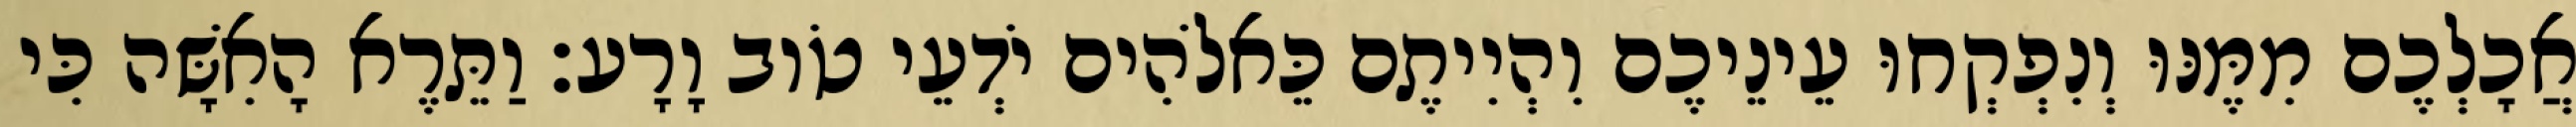
אֲכָלְכֶם מִמֶּנּוּ וְנִפְקְחוּ עֵינֵיכֶם וִהְיִיתֶם כֵּאלֹהִים יֹדְעֵי טֹוב וָרָע׃ וַתֵּרֶא הָאִשָּׁה כִּי